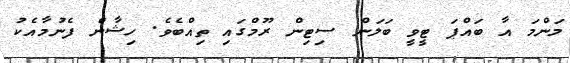
މަންމަ އާ ބައްޕަ ޓީވީ ބަލަން ސިޓިން ރޫމްގައި ތިއްބެވެ. ހިޝާން ފެނުމާއެކު